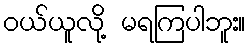
ဝယ်ယူလို့ မရကြပါဘူး။